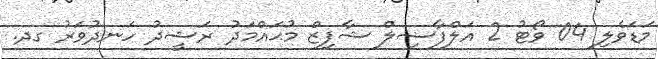
މަޑަވެލި 04 ވޯޓު 2 އަލްފާޟިލް ޝާފިޒް މުޙައްމަދު ރަޝީދު ހަނދުވަރު ގދ.